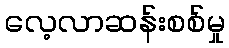
လေ့လာဆန်းစစ်မှု